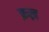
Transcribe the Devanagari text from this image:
फ़ख्र